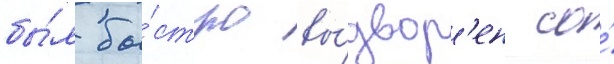
бы́л бы́стро вы́двор'ен со́